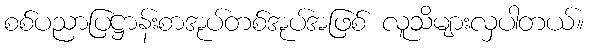
စစ်ပညာပြဋ္ဌာန်းစာအုပ်တစ်အုပ်အဖြစ် လူသိများလှပါတယ်။